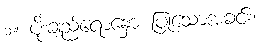
၁။ ပိုးချည်ရောနှော ပြုသောအခင်း၊